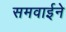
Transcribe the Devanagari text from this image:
समवाईने